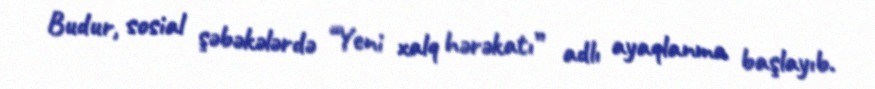
Budur, sosial şəbəkələrdə “Yeni xalq hərəkatı” adlı ayaqlanma başlayıb.